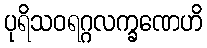
ပုရိသဝရဂ္ဂလက္ခဏေဟိ